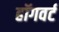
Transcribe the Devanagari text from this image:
हॉगवर्ट